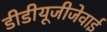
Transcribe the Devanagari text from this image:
डीडीयूजीजेवाई